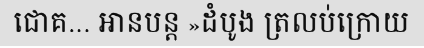
ជោគ... អានបន្ត »ដំបូង ត្រលប់ក្រោយ